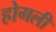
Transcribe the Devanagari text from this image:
होगली